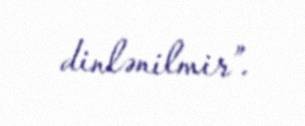
dinlənilmir”.